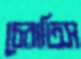
চেরাতিস